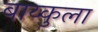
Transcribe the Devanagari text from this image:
बाय्कुला